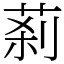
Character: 䓭